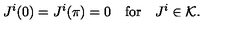
J ^ { i } ( 0 ) = J ^ { i } ( \pi ) = 0 \quad \mathrm { f o r } \quad J ^ { i } \in { \cal K } .